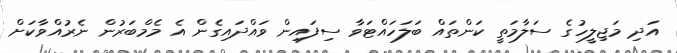
އަދި މަޖިލީހުގެ ސަލާމަތީ ކަންތައް ބަލަހައްޓަވާ ސިފައިން ވައްދައިގެން އެ މެމްބަރުން ނެރުއްވާކަށް